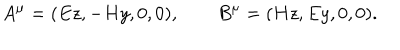
LaTeX: A ^ { \mu } = ( E z , - H y , 0 , 0 ) , \qquad B ^ { \mu } = ( H z , E y , 0 , 0 ) .